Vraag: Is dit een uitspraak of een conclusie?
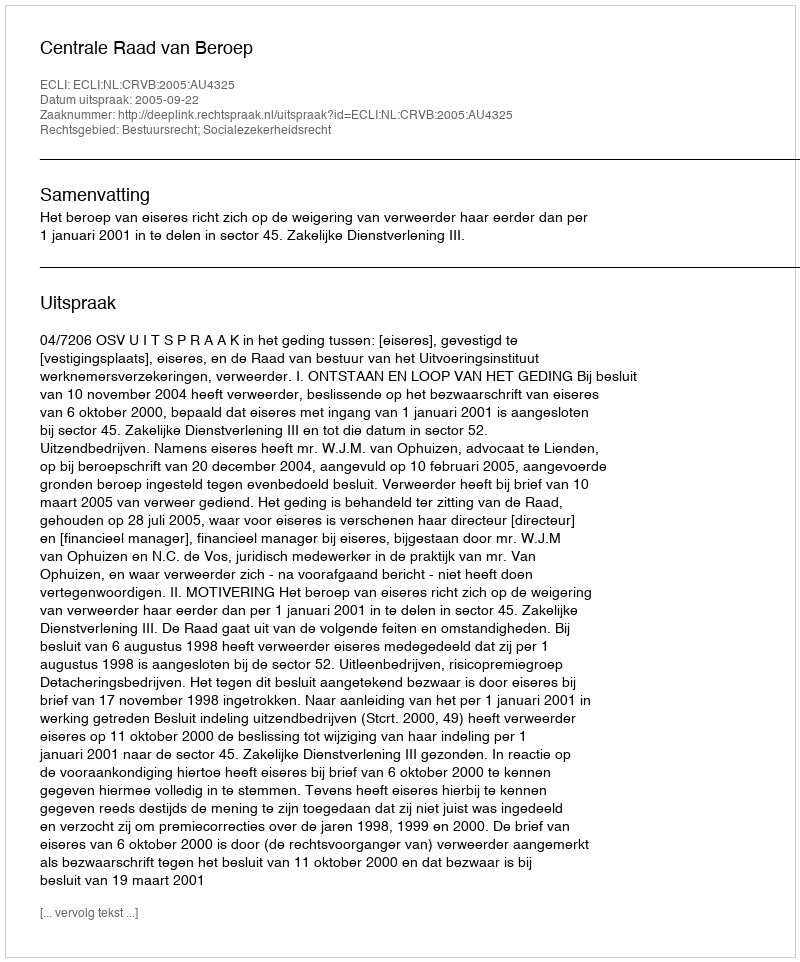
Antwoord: Uitspraak